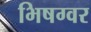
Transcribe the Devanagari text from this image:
भिषग्वर